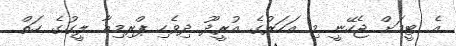
އެ ޓީމަށް ޖެހޭނީ މި އަހަރުގެ އުރީދޫ ދިވެހި ޕްރިމިއާ ލީގުގެ ހަތް